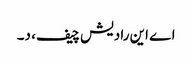
اے این رادیش چیف، د۔